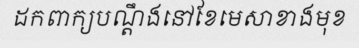
ដកពាក្យបណ្តឹងនៅខែមេសាខាងមុខ